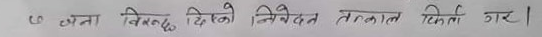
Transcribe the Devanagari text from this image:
७ जना विरुद्ध दिएको निवेदन तत्काल फिर्ता गर।